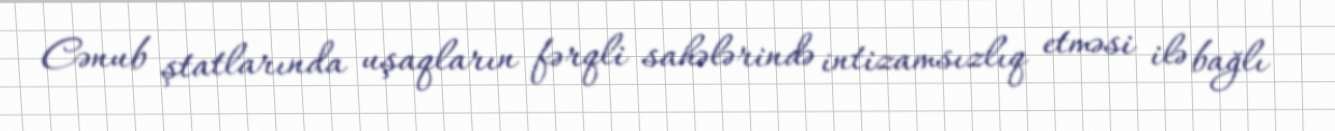
Cənub ştatlarında uşaqların fərqli sahələrində intizamsızlıq etməsi ilə bağlı